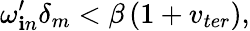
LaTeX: \omega_{\mathbf{i}n}^{\prime}\delta_{m}<\beta\left(1+v_{ter}\right),